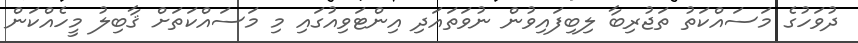
ދުވަހުގެ މަސައްކަތު ތަޖުރިބާ ލިބިފައިވުން ނުވަތައަދި އިންޓަވިއުގައި މި މަސައްކަތަށް ޤާބިލު މީހެއްކަން